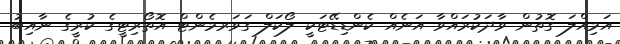
އަމިއްލަ ގޮތުން ވާދަކުރައްވާ އަނެއް ކެންޑިޑޭޓަކީ ލޯކަލް ގަވަރމެންޓް އޮތޯރިޓީގެ ކުރީގެ ނާއިބު